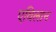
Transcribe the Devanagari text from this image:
एविलान